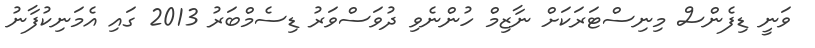
ވަނީ ޑިފެންސް މިނިސްޓަރަކަށް ނާޒިމް ހުންނެވި ދުވަސްވަރު ޑިސެމްބަރު 2013 ގައި އެމަނިކުފާނު